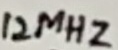
Text: 12MHz